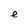
Character: e